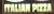
italian